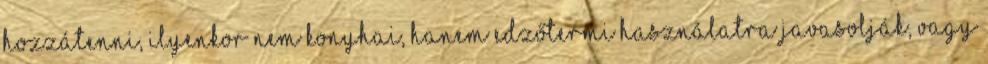
hozzátenni, ilyenkor nem konyhai, hanem edzőtermi használatra javasolják, vagy